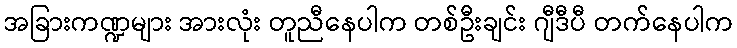
အခြားကဏ္ဍများ အားလုံး တူညီနေပါက တစ်ဦးချင်း ဂျီဒီပီ တက်နေပါက